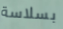
بسلاسة